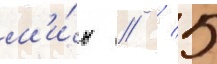
м'и́н // / 5